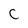
Character: c